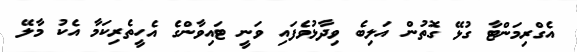
އެގްރިމަންޓާ ގުޅޭ ގޮތުން އަލިބެ ވިދާޅުވެފައި ވަނީ ޓައިވާންގެ އެހީތެރިކަމާ އެކު މާލޭ